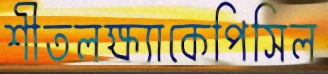
শীতলক্ষ্যাকেপিসিল